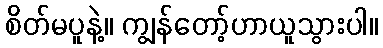
စိတ်မပူနဲ့။ ကျွန်တော့်ဟာယူသွားပါ။